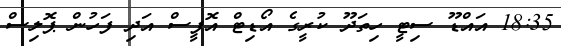
18:35 އައްޑޫ ސިޓީ ހިތަދޫ ކުރީގެ އޯޑިޓް އޮފީސް އަދި ފަހުން ޕޮލިސް